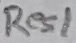
Text: Res1